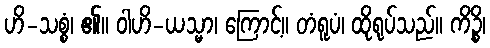
ဟိ-သစ္စံ၊ ၏။ ဝါဟိ-ယသ္မာ၊ ကြောင့်။ တံရူပံ၊ ထိုရုပ်သည်။ ကိဉ္စိ၊